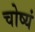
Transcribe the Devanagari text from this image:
चोष्यं